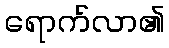
ရောက်လာ၏